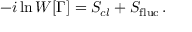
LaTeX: - i \ln W [ \Gamma ] = S _ { c l } + S _ { \mathrm { f l u c } } \, .